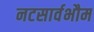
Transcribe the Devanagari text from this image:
नटसार्वभौम